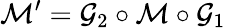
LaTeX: \mathcal{M}^{\prime}=\mathcal{G}_{2}\circ\mathcal{M}\circ\mathcal{G}_{1}